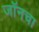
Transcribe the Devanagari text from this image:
जॉनचा